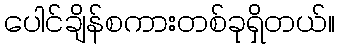
ပေါင်ချိန်စကားတစ်ခုရှိတယ်။